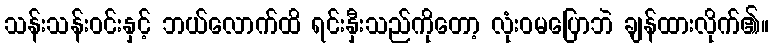
သန်းသန်းဝင်းနှင့် ဘယ်လောက်ထိ ရင်းနှီးသည်ကိုတော့ လုံးဝမပြောဘဲ ချန်ထားလိုက်၏။